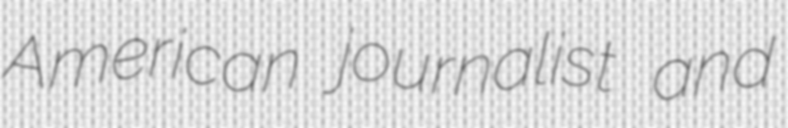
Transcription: American journalist and